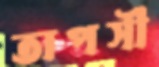
তাপসী